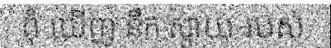
ពុំ ឃើញ នឹក ស្តាយ របស់